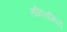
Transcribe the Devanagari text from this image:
तनित्तमिळ्